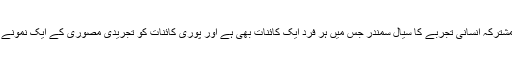
ادھر سیاست لاکھوں برس کے مشترکہ انسانی تجربے کا سیال سمندر جس میں ہر فرد ایک کائنات بھی ہے اور پوری کائنات کو تجریدی مصوری کے ایک نمونے کی طرح سمجھنا بھی پڑتا ہے۔